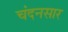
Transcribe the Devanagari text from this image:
चंदनसार